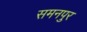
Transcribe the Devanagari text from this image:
समनपुर